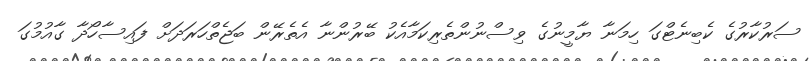
ސަރުކާރުގެ ކެބިނެޓްގަ ހިމަނާ ޔާމީނުގެ ވިސްނުންތެރިކަމާއެކު ބޭރުންނާ އެތެރޭން ބަޖެތްހަރަދަށް ފައިސާހޯދާ ގާއުމުގަ